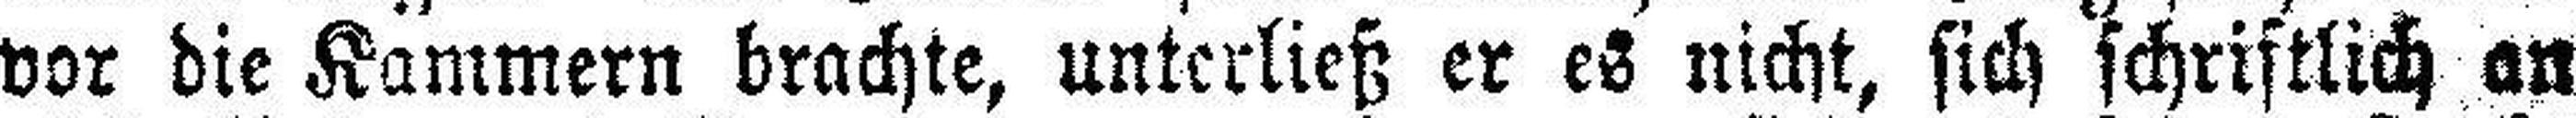
vor die Kammern brachte, unterließ er es nicht, sich schriftlich an